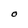
Character: O